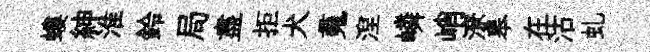
螻紳淮鈴局盡拒犬䰟湼嶙峭潦皋在沽虬